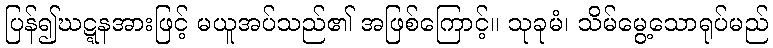
ပြန်၍ဃဋ္ဋနအားဖြင့် မယူအပ်သည်၏ အဖြစ်ကြောင့်။ သုခုမံ၊ သိမ်မွေ့သောရုပ်မည်